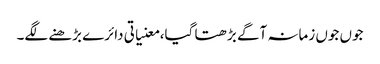
جوں جوں زمانہ آگے بڑھتا گیا، معنیاتی دائرے بڑھنے لگے۔